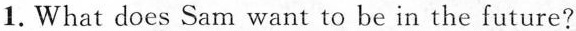
1.What does Sam want to be in the future?